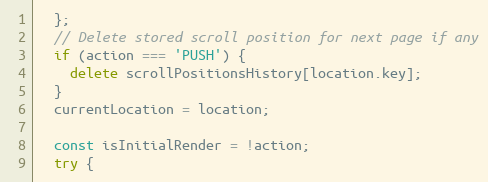
Language: JavaScript
  };
  // Delete stored scroll position for next page if any
  if (action === 'PUSH') {
    delete scrollPositionsHistory[location.key];
  }
  currentLocation = location;

  const isInitialRender = !action;
  try {